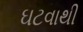
ઘટવાથી